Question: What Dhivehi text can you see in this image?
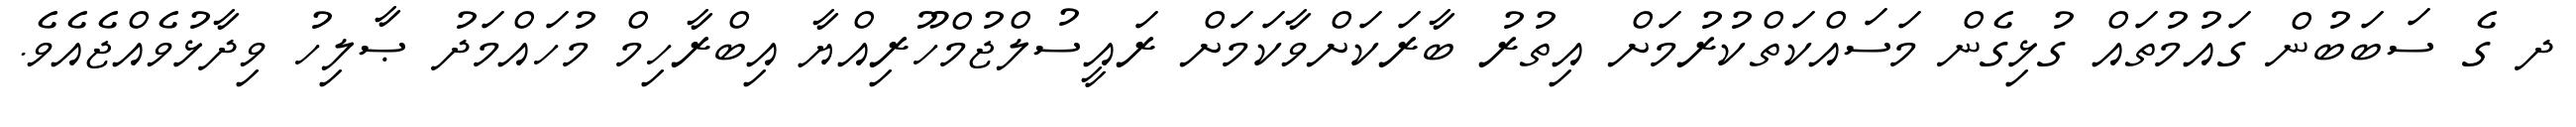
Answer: ދ ގެ ސަބަބުން ގައުމުތައް ގުޅިގެން މަސައްކަތްކުރުމަށް އިތުރު ބާރަކަށްވާކަމަށް ރައީސުލްޖުމްހޫރިއްޔާ އިބްރާހިމް މުހައްމަދު ޞާލިހު ވިދާޅުވެއްޖެއެވެ.